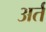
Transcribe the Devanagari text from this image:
अर्त